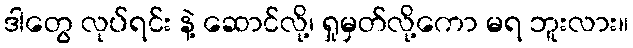
ဒါတွေ လုပ်ရင်း နဲ့ ဆောင်လို့၊ ရှုမှတ်လို့ကော မရ ဘူးလား။